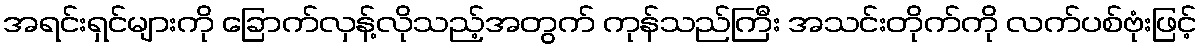
အရင်းရှင်များကို ခြောက်လှန့်လိုသည့်အတွက် ကုန်သည်ကြီး အသင်းတိုက်ကို လက်ပစ်ဗုံးဖြင့်